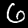
Digit: 6